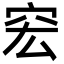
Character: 䆖